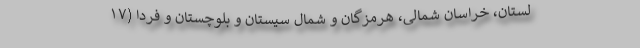
لستان، خراسان شمالی، هرمزگان و شمال سیستان و بلوچستان و فردا (۱۷